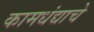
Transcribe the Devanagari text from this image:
कामधंद्याचे